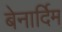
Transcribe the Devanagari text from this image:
बेनार्दिम